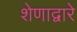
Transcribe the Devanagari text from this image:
शेणाद्वारे